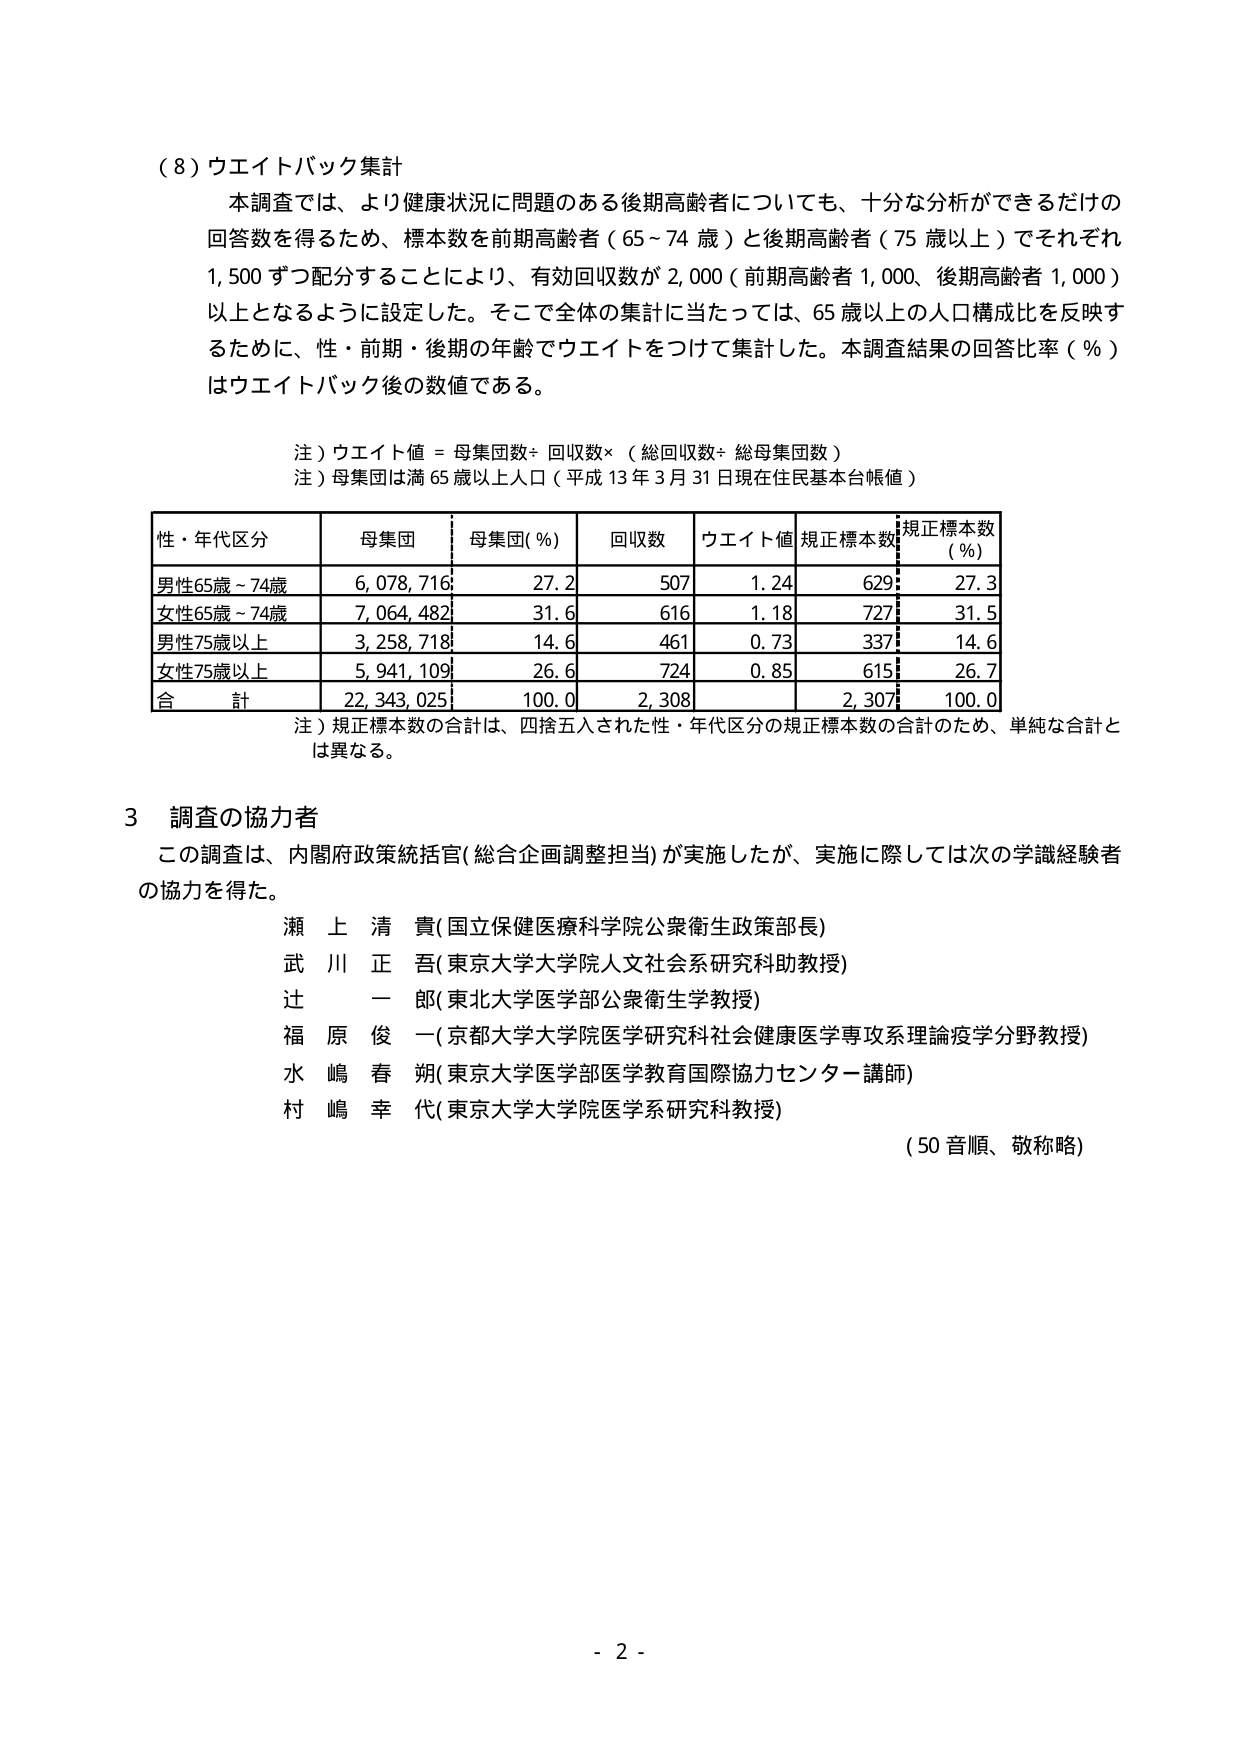
（８）ウエイトバック集計
本調査では、より健康状況に問題のある後期高齢者についても、十分な分析ができるだけの回答数を得るため、標本数を前期高齢者（65～74歳）と後期高齢者（75歳以上）でそれぞれ1,500ずつ配分することにより、有効回収数が2,000（前期高齢者1,000、後期高齢者1,000）以上となるように設定した。そこで全体の集計に当たっては、65歳以上的人口構成比を反映するために、性・前期・後期の年齢でウエイトをつけて集計した。本調査結果の回答比率（％）はウエイトバック後の数値である。

注）ウエイト値＝母集団数÷回収数×（総回収数÷総母集団数）
注）母集団は満65歳以上人口（平成13年3月31日現在住民基本台帳値）

| 性・年代区分 | 母集団 | 母集団(％) | 回収数 | ウエイト値 | 規正標本数 | 規正標本数(％) |
|--------------|--------|------------|--------|------------|------------|----------------|
| 男性65歳～74歳 | 6,078,716 | 27.2 | 507 | 1.24 | 629 | 27.3 |
| 女性65歳～74歳 | 7,064,482 | 31.6 | 616 | 1.18 | 727 | 31.5 |
| 男性75歳以上 | 3,258,718 | 14.6 | 461 | 0.73 | 337 | 14.6 |
| 女性75歳以上 | 5,941,109 | 26.6 | 724 | 0.85 | 615 | 26.7 |
| 合計 | 22,343,025 | 100.0 | 2,308 | | 2,307 | 100.0 |

注）規正標本数の合計は、四捨五入された性・年代区分の規正標本数の合計のため、単純な合計とは異なる。

3 調査の協力者
この調査は、内閣府政策統括官（総合企画調整担当）が実施したが、実施に際しては次の学識経験者の協力を得た。
瀬上清貴（国立保健医療科学院公衆衛生政策部長）
武川正吾（東京大学大学院人文社会系研究科助教授）
辻一郎（東北大学医学部公衆衛生学教授）
福原俊一（京都大学大学院医学研究科社会健康医学専攻系理論疫学分野教授）
水嶋春朔（東京大学医学部医学教育国際協力センター講師）
村嶋幸代（東京大学大学院医学系研究科教授）
（50音順、敬称略）

- 2 -